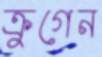
ক্রুগেন